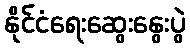
နိုင်ငံရေးဆွေးနွေးပွဲ